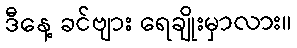
ဒီနေ့ ခင်ဗျား ရေချိုးမှာလား။